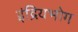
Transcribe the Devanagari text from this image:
इंद्रियभोग